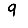
Digit: 9